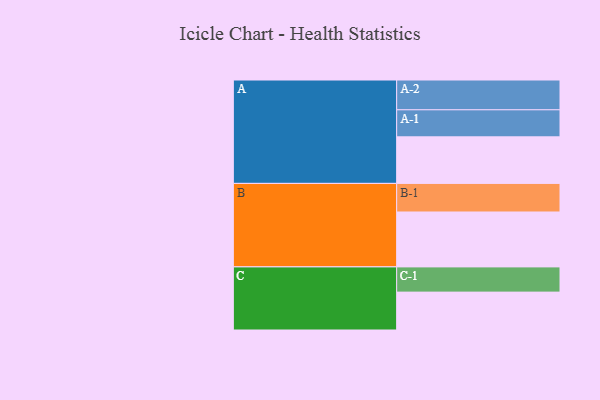
{"axis": {"x": "Segment", "y": "Value"}, "legend": ["", "A", "B", "C"], "data": [{"x": "A", "y": 386, "type": ""}, {"x": "B", "y": 455, "type": ""}, {"x": "C", "y": 314, "type": ""}, {"x": "A-1", "y": 224, "type": "A"}, {"x": "A-2", "y": 247, "type": "A"}, {"x": "B-1", "y": 237, "type": "B"}, {"x": "C-1", "y": 209, "type": "C"}]}